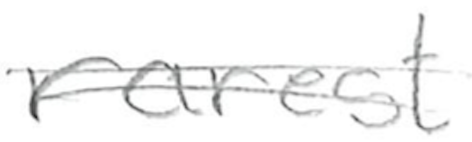
Text: rarest
Cross-out: double-line
Writing tool: pencil